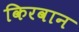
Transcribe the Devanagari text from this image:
किरवान